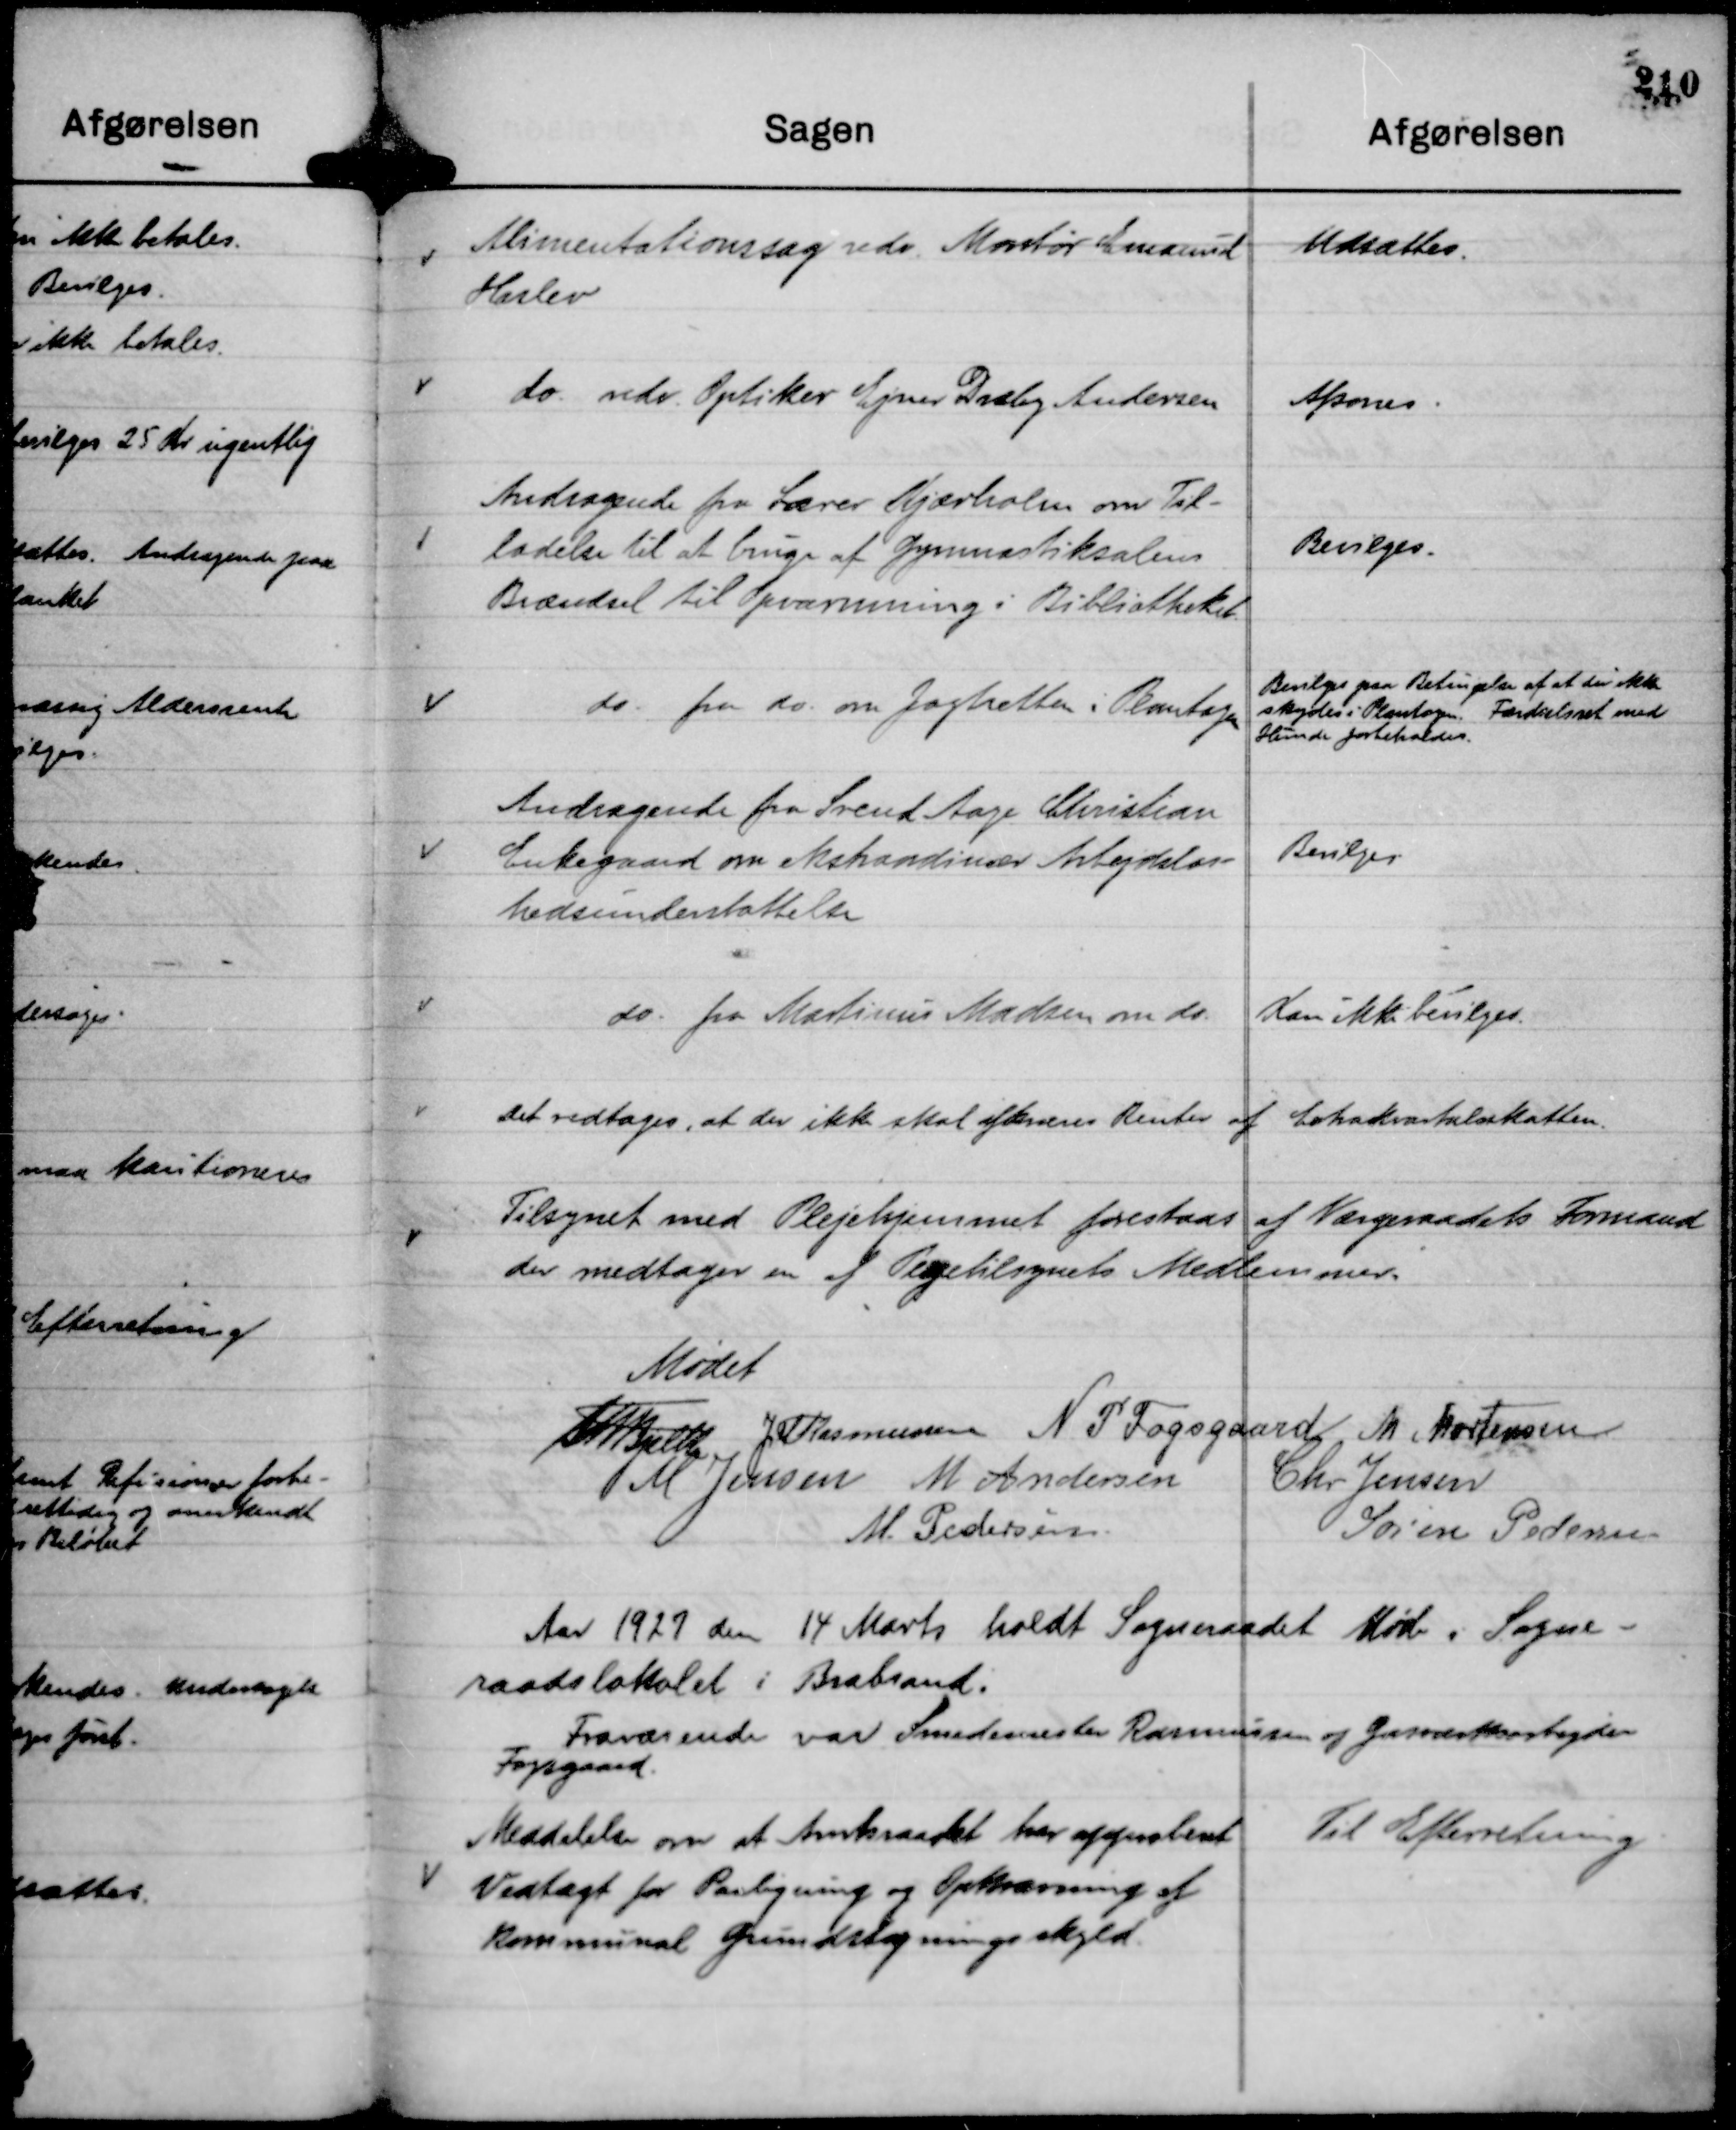
Transskription:
Alimentationssag vedr. Montør Emanuel
Haslev

Udsættes.

do. vedr. Optiker Ejner Dræby Andersen

Afsones.

Andragende fra Lærer Kjærholm om Til-
ladelse til at bruge af Gymnastiksalens
Brændsel til opvarmning i Bibliotheket.

Bevilges.

do. fra do. om Jagtretten i Plantagen

Bevilges paa Betingelse af at der ikke
skydes i Plantagen. Færdselsret med
Hunde forbeholdes.

Andragende fra Svend Aage Christian
Enkegaard om ekstraordinær Arbejdsløs-
hedsunderstøttelse

Bevilges.

do. fra Martinus Madsen om do.

Kan ikke bevilges.

Det vedtages, at der ikke skal afkræves Renter af Extrakvartalsskatten.

Tilsynet med Plejehjemmet forestaas af Værgeraadets Formand
der medtager en af Plejetilsynets Medlemmer.

Mødet
Th Bjelke
JM Rasmussen
N P Fogsgaard
M Mortensen
M Jensen
M Andersen
Chr Jensen
M. Pedersen.
Søren Pedersen

Aar 1927 den 14 Marts holdt Sogneraadet Møde i Sogne-
raadslokalet i Brabrand.
Fraværende var Smedemester Rasmussen og Gasværksarbejder
Fogsgaard.

Meddelelse om at Amtsraadet har approberet
Vedtægt for Paaligning og Opkrævning af
kommunal Grundstigningsskyld.

Til Efterretning